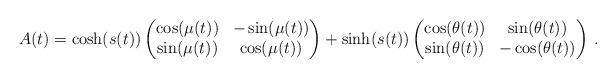
LaTeX: \begin{align*}A(t)=\cosh(s(t)) \begin{pmatrix} \cos(\mu(t))& -\sin(\mu(t))\\ \sin(\mu(t))& \cos(\mu(t)) \end{pmatrix}+\sinh(s(t)) \begin{pmatrix} \cos(\theta(t))& \sin(\theta(t))\\ \sin(\theta(t))& -\cos(\theta(t)) \end{pmatrix}\,.\end{align*}